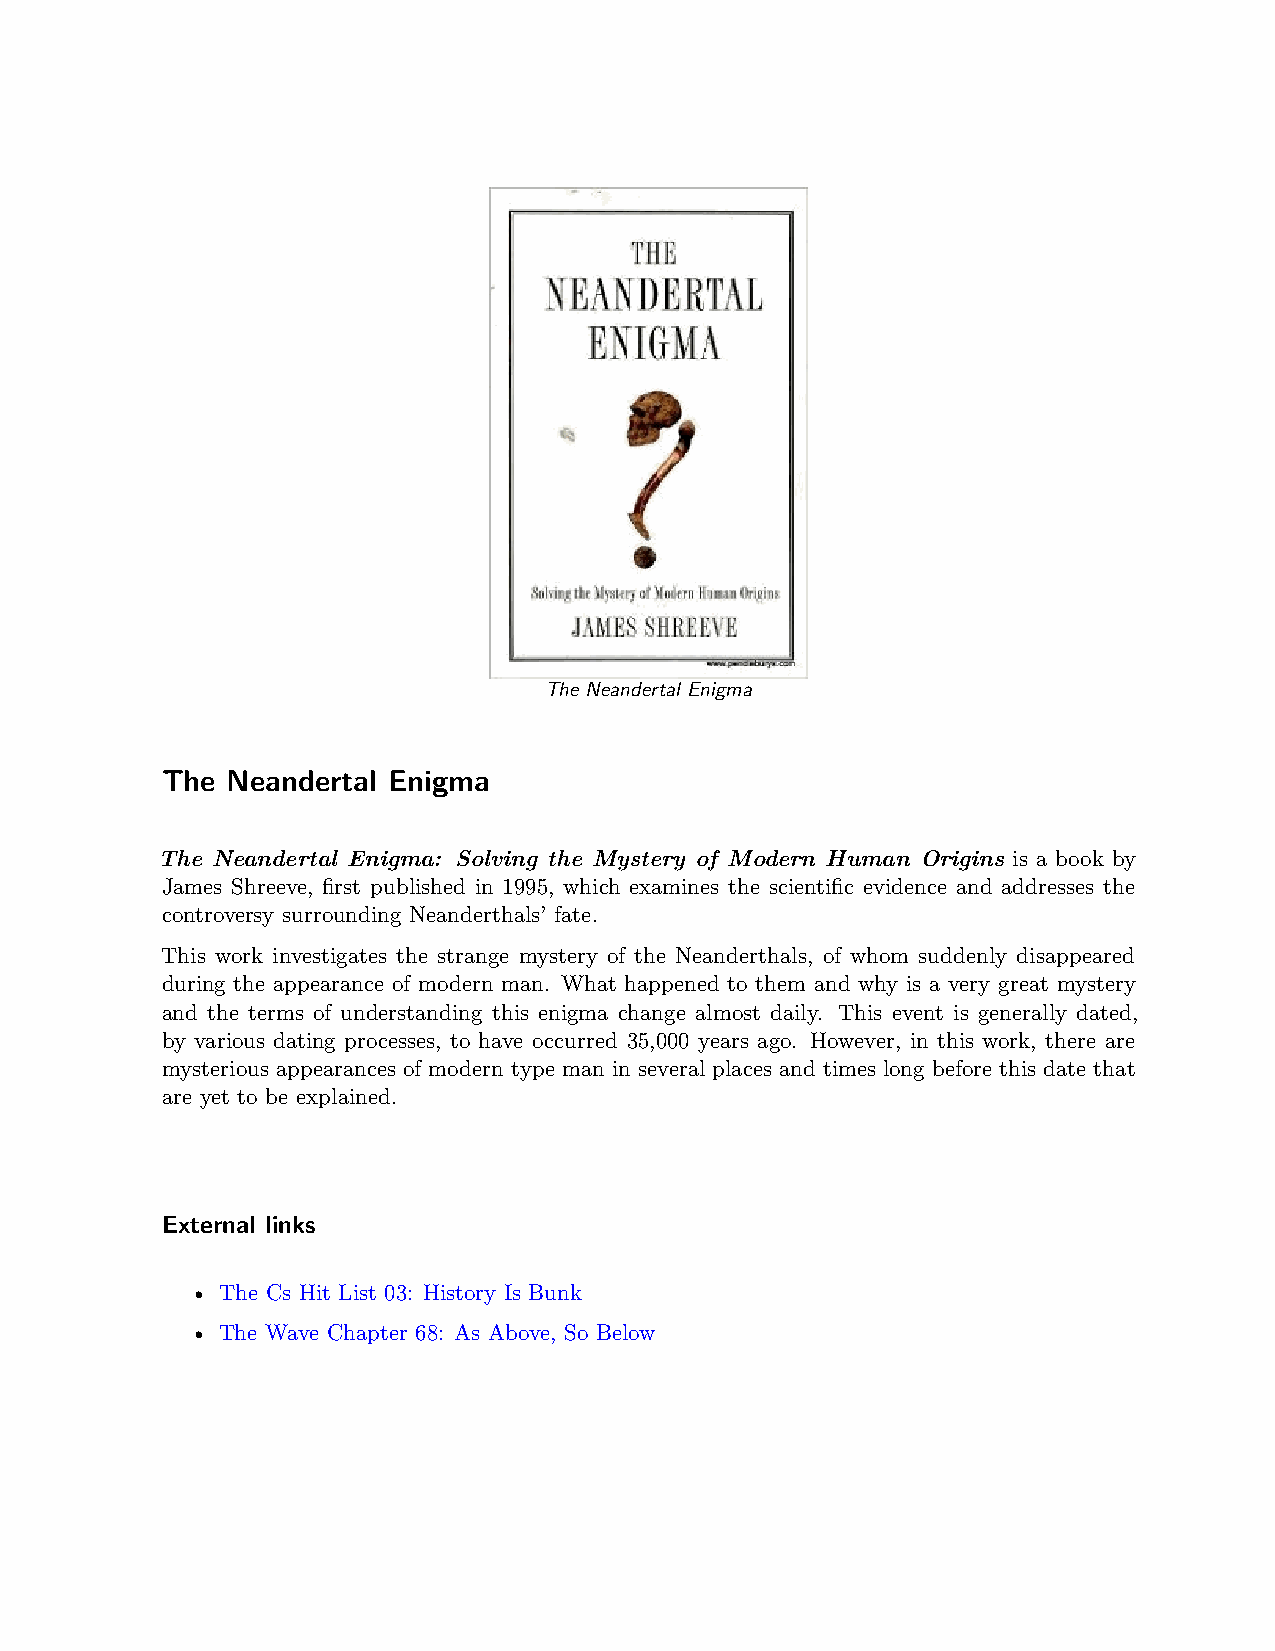
The Neandertal Enigma
 The Neandertal Enigma
 The Neandertal Enigma: Solving the Mystery of Modern Human Origins is a book by
 James Shreeve, first published in 1995, which examines the scientific evidence and addresses the
 controversy surrounding Neanderthals’ fate.
 This work investigates the strange mystery of the Neanderthals, of whom suddenly disappeared
 during the appearance of modern man. What happened to them and why is a very great mystery
 and the terms of understanding this enigma change almost daily. This event is generally dated,
 by various dating processes, to have occurred 35,000 years ago. However, in this work, there are
 mysterious appearances of modern type man in several places and times long before this date that
 are yet to be explained.
 External links
 • The Cs Hit List 03: History Is Bunk
 • The Wave Chapter 68: As Above, So Below